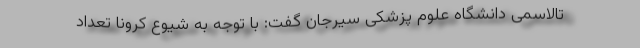
تالاسمی دانشگاه علوم پزشکی سیرجان گفت: با توجه به شیوع کرونا تعداد